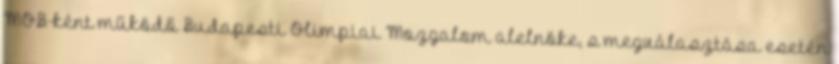
MOB-ként működő Budapesti Olimpiai Mozgalom alelnöke, s megválasztása esetén